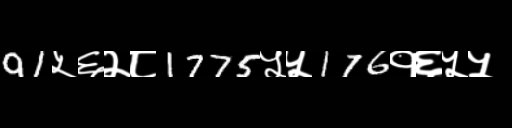
Text: 91५६२८1775५५176१६५५